Observations on rabies - Number 36
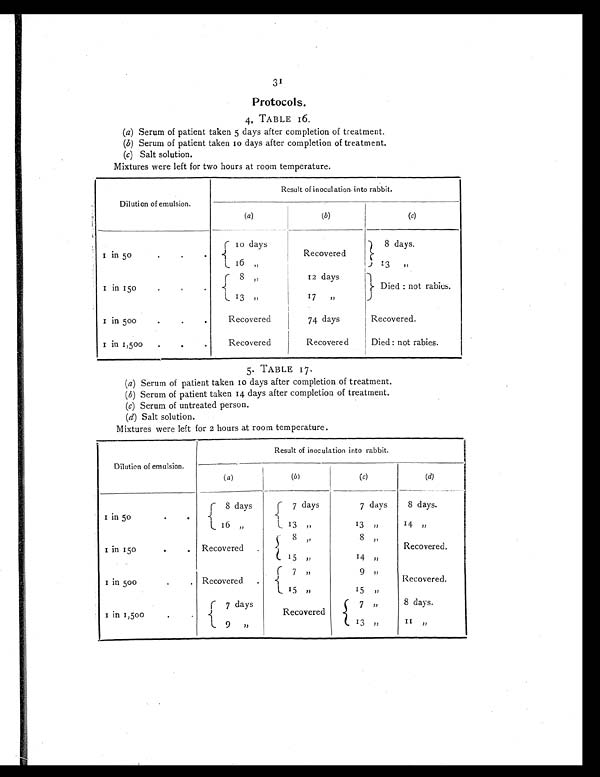
31
Protocols.
4. TABLE 16.
(a) Serum of patient taken 5 days after completion of treatment.
(b) Serum of patient taken 10 days after completion of treatment.
(c) Salt solution.
Mixtures were left for two hours at room temperature.
Dilution of emulsion.
Result of inoculation into rabbit.
(a)
(b)
(c
)
1 in 50. .
10 days
Recovered
8 days.
16 „
3
„
1 i n 1 5 0
•
8 „
1 2 d a y s
Died : not rabies.
13 „
17 „
1 in 500 . . .
Recovered
74 days
Recovered.
1 in 1,500 .
.
Recovered
Recovered
Died: not rabies.
5. TABLE 17
( a ) Serum of patient taken 10 days after completion of treatment.
( b ) Serum of patient taken 14 days after completion of treatment.
(c) S e r u m o f u n t r e a t e d p e r s o n .
(d) Salt solution.
Mixtures were left for 2 hours at room temperature.
Dilution of emulsion.
Result of inoculation into rabbit.
(a)
(b)
(c)
(d)
1 in 50
.
.
8 days
7 days
7 days
8 days.
16 „
13 „
13 ,,
14 „
1 in 150 . .
Recovered .
8
„
8 „
Recovered.
15 ,,
14 ,,
1 in 500. Recovered .
7
„
9
„
Recovered.
1 5
„
15 „
1 in 1,500
.
7 days
Recovered
7
„
8 days.
9 ,,
13 ,,
11 „